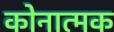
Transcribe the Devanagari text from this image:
कोनात्मक